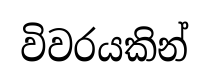
විවරයකින්